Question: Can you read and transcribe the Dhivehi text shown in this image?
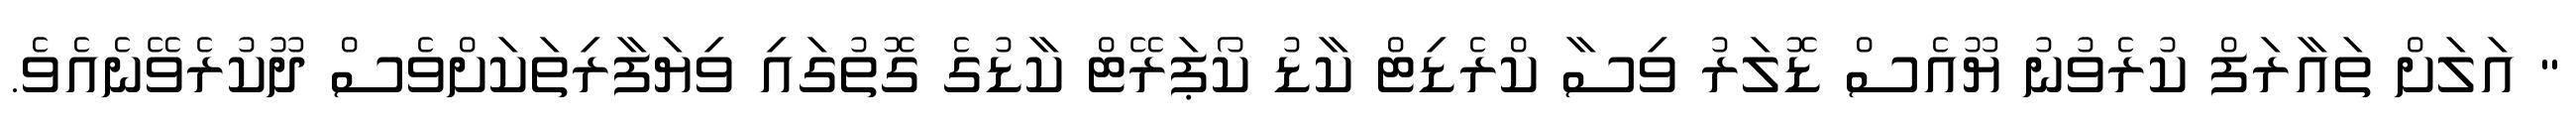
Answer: " އަލަށް ތައާރަފް ކުރެވުނު ޔޫއެސް ޑޮލަރު ވިސާ ކްރެޑިޓް ކާޑު ކޯޕަރޭޓް ކާޑުގެ ގޮތުގައި ވިޔަފާރިތަކަށްވެސް ދޫކުރެވޭނެއެވެ.